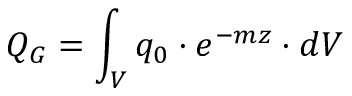
Q _ { G } = \int _ { V } q _ { 0 } \cdot e ^ { - m z } \cdot d V